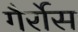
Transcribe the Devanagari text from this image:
गैर्रोस